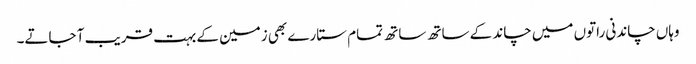
وہاں چاندنی راتوں میں چاند کے ساتھ ساتھ تمام ستارے بھی زمین کے بہت قریب آ جاتے۔